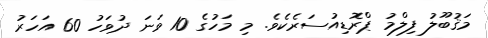
މަޤުބޫލު ފިލްމު ޕްރޮޑިއުސަރެކެވެ. މި މަހުގެ 10 ވަނަ ދުވަހު 60 އަހަރު